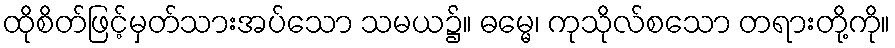
ထိုစိတ်ဖြင့်မှတ်သားအပ်သော သမယ၌။ ဓမ္မေ၊ ကုသိုလ်စသော တရားတို့ကို။